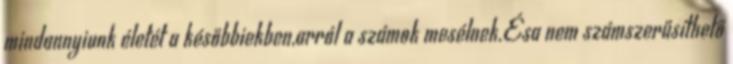
mindannyiunk életét a későbbiekben,arról a számok mesélnek.Ésa nem számszerűsíthető